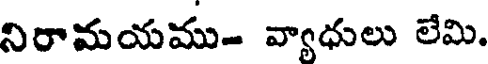
నిరామయము- వ్యాధులు లేమి.